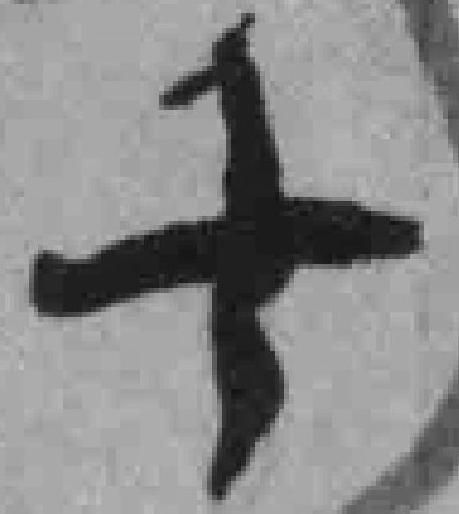
十